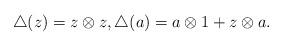
LaTeX: \begin{align*} \triangle (z)=z\otimes z, \triangle (a)=a\otimes 1+z\otimes a.\end{align*}